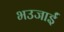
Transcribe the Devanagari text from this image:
भउजाईं